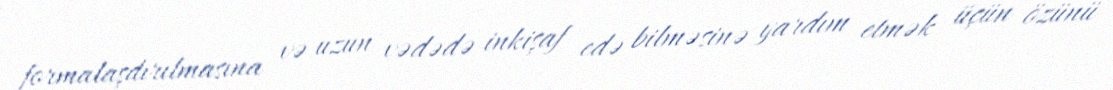
formalaşdırılmasına və uzun vədədə inkişaf edə bilməsinə yardım etmək üçün özünü